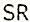
SR